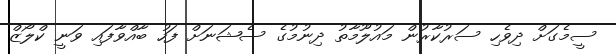
ސީމެގަށް ދިވެހި ސަރުކާރުން މައުލޫމާތު ދިނުމުގެ ސެޝަނަށް ފަހު ބާއްވާފައި ވަނީ ކްލޯޒް